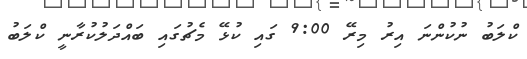
ކްލަބު ނުކުންނަ އިރު މިރޭ 9:00 ގައި ކުޅޭ މެޗުގައި ބައްދަލުކުރާނީ ކްލަބު